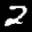
Label: 2